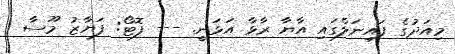
މިއަދުގެ ފައިނަލްގައި އާޔާ ރާޅާ އަޅަނީ. --- ފޮޓޯ: ފަޔާޒު މޫސާ